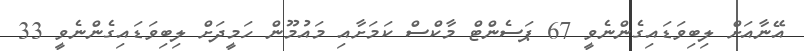
އޭނާއަށް ލިބިވަޑައިގެންނެވީ 67 ޕަސެންޓް މާކްސް ކަމަށާއި މައުމޫން ހަމީދަށް ލިބިވަޑައިގެންނެވީ 33